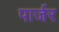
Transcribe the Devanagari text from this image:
पार्जर